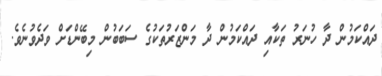
ދައްކަމުން ދާ ހުނަރު ތަކާއި ދައްކަމުން ދާ މަންޒަރުތަކުގެ ސަބަބުން މިބޭންޑަށް ވަދެވުނެވެ.